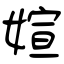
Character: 媗